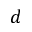
d